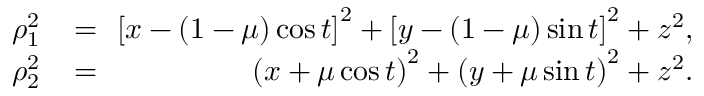
\begin{array} { r l r } { \qquad \rho _ { 1 } ^ { 2 } } & { { } \! = \! \! } & { { \left[ x - ( 1 - \mu ) \cos { t } \right] } ^ { 2 } + { \left[ y - ( 1 - \mu ) \sin { t } \right] } ^ { 2 } + z ^ { 2 } , } \\ { \qquad \rho _ { 2 } ^ { 2 } } & { { } \! = \! \! } & { { \left( x + \mu \cos { t } \right) } ^ { 2 } + { \left( y + \mu \sin { t } \right) } ^ { 2 } + z ^ { 2 } . } \end{array}